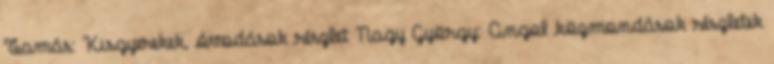
Tamás: Kisgyerekek, óvodások részlet Nagy György: Angol közmondások részletek